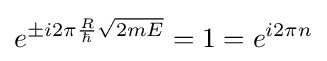
e^{\pm i2\pi {\frac {R}{\hbar }}{\sqrt {2mE}}}=1=e^{i2\pi n}